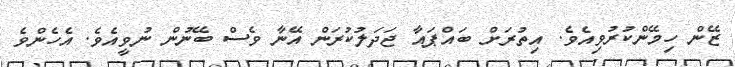
ޒޭން ހިމޭންކުރުވިއެވެ. އިތުރަށް ބައްޕައާ ޖަދަލުކުރަން އޭނާ ވެސް ބޭނުން ނުވީއެވެ. އެހެންވެ